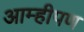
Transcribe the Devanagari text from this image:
आम्हीपण